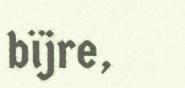
bïjre,